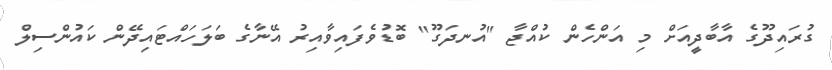
ގުރައިދޫގެ އާބާދީއަށް މި އަންހެން ކުއްޖާ "އުނދަގޫ" ބޮޑުވެފައިވާއިރު އޭނާގެ ބަލަހައްޓައިދޭން ކައުންސިލް